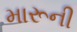
મારૂની